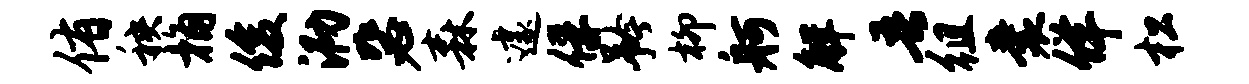
侑秧桷俊泐毖森遽俘矜柳舸解吾徂囊佯松